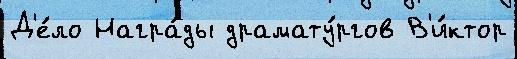
Д'е́ло Награ́ды драмату́ргов В'и́ктор